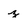
Character: z